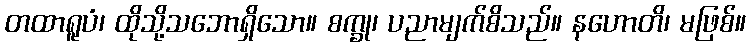
တထာရူပံ၊ ထိုသို့သဘောရှိသော။ စက္ခု၊ ပညာမျက်စိသည်။ နဟောတိ၊ မဖြစ်။